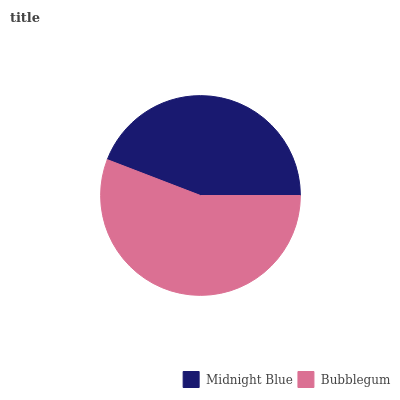
| Midnight Blue | Bubblegum |
 | --- | --- |
 | 44.1% | 55.9% |